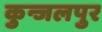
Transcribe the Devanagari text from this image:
कुन्जलपुर